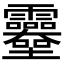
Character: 𩇎